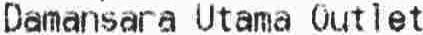
DAMANSARA UTAMA OUTLET